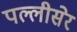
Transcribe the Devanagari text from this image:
पल्लीसेर